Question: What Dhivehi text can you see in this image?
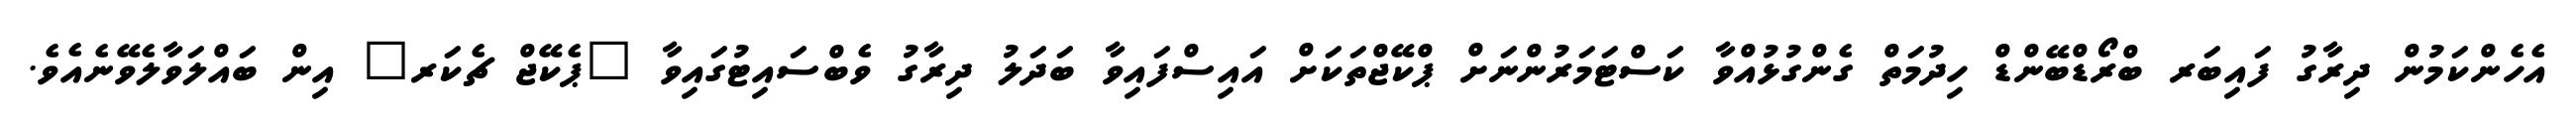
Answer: އެހެންކަމުން ދިރާގު ފައިބަރ ބްރޯޑްބޭންޑް ހިދުމަތް ގެންގުޅުއްވާ ކަސްޓަމަރުންނަށް ޕްކޭޖްތަކަށް އައިސްފައިވާ ބަދަލު ދިރާގު ވެބްސައިޓުގައިވާ "ޕެކޭޖް ޗެކަރ" އިން ބައްލަވާލެވޭނެއެވެ.